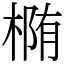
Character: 椭